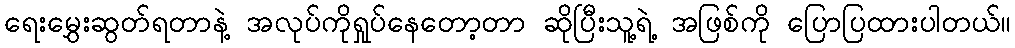
ရေးမွှေးဆွတ်ရတာနဲ့ အလုပ်ကိုရှုပ်နေတော့တာ ဆိုပြီးသူ့ရဲ့ အဖြစ်ကို ပြောပြထားပါတယ်။